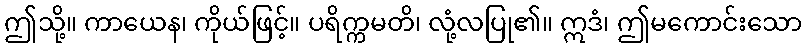
ဤသို့။ ကာယေန၊ ကိုယ်ဖြင့်။ ပရိက္ကမတိ၊ လုံ့လပြု၏။ ဣဒံ၊ ဤမကောင်းသော